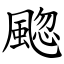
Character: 䬍